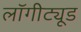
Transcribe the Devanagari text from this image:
लॉगीट्यूड